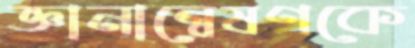
জ্ঞানান্বেষণকে